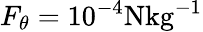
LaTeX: F_{\theta}=10^{-4}\mathrm{N{kg}^{-1}}